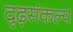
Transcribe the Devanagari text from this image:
दृढ़संकल्प